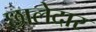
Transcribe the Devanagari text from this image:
छालेदार